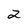
Character: 2